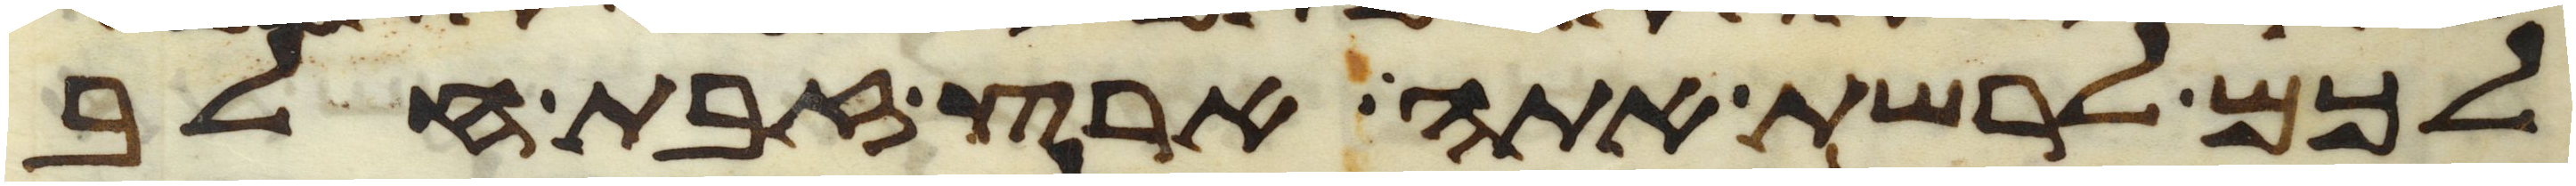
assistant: לכם לרשת אתה ארץ זבת חלב